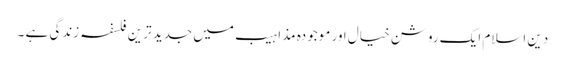
دین اسلام ایک روشن خیال اور موجودہ مذاہیب میں جدید ترین فلسفہ زندگی ہے ۔